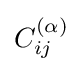
{\textstyle C_{ij}^{(\alpha )}}